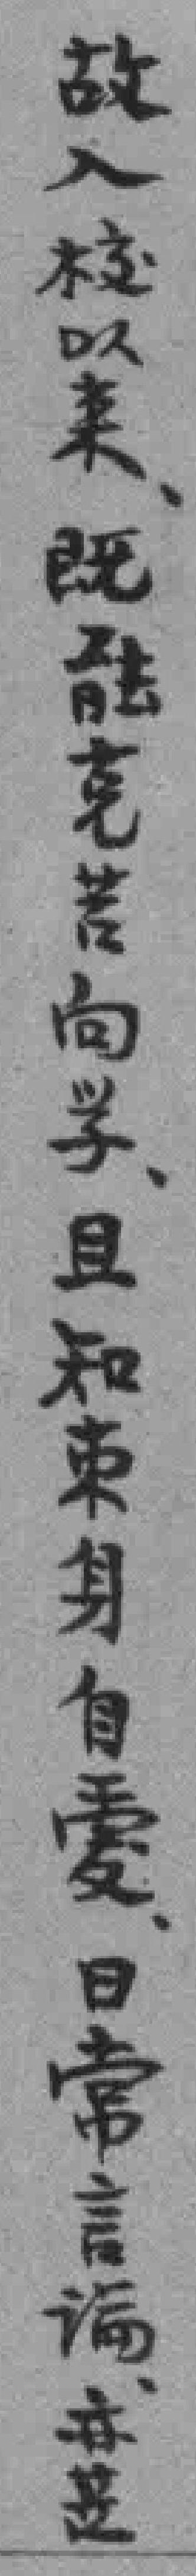
故入校以来既克苦向学且知束身自愛日常言論亦是